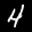
Label: 4